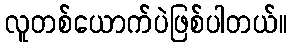
လူတစ်ယောက်ပဲဖြစ်ပါတယ်။